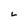
Character: L